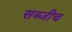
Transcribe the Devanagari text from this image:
सब्जीच